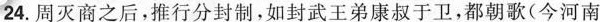
24.周灭商之后，推行分封制，如封武王弟康叔于卫，都朝歌(今河南